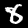
Digit: 8